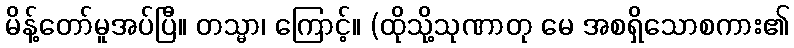
မိန့်တော်မူအပ်ပြီ။ တသ္မာ၊ ကြောင့်။ (ထိုသို့သုဏာတု မေ အစရှိသောစကား၏